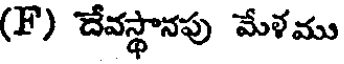
(F) దేవస్థానపు మేళము